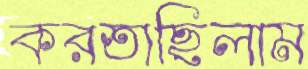
করতাছিলাম